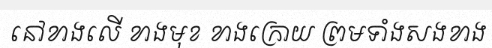
នៅខាងលើ ខាងមុខ ខាងក្រោយ ព្រមទាំងសងខាង